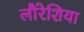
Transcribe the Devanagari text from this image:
लौरेशिया